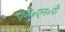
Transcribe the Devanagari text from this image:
एम॰एन॰पी